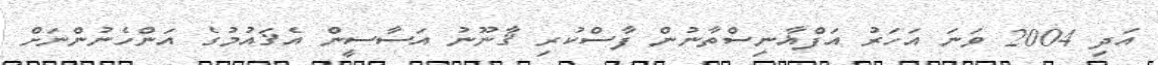
އަދި 2004 ވަނަ އަހަރު އަފްޣާނިސްތާނުން ފާސްކުރި ޤާނޫނު އަސާސީން އެޤައުމުގެ އަންހެނުންނަށް